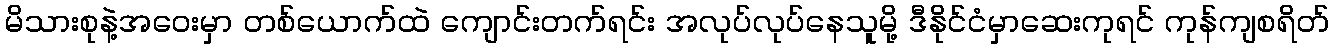
မိသားစုနဲ့အဝေးမှာ တစ်ယောက်ထဲ ကျောင်းတက်ရင်း အလုပ်လုပ်နေသူမို့ ဒီနိုင်ငံမှာဆေးကုရင် ကုန်ကျစရိတ်